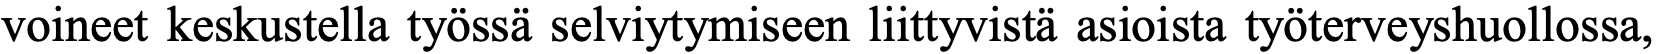
voineet keskustella työssä selviytymiseen liittyvistä asioista työterveyshuollossa,